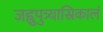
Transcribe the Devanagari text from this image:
जह्नुपुत्र्यास्रिकालं